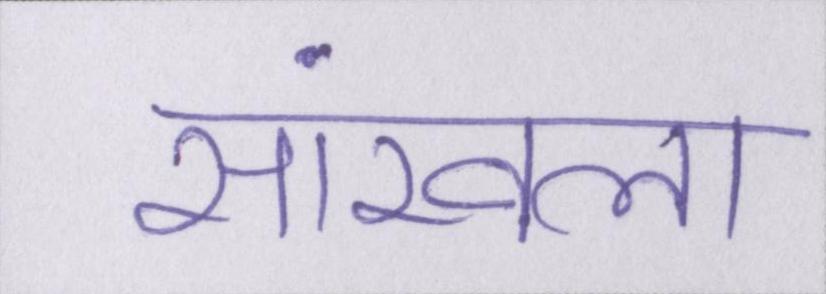
सांखला